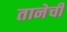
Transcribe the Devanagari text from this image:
तानेची